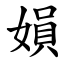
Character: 㜏